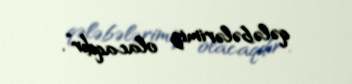
qələbələrimiz olacaqdır”.